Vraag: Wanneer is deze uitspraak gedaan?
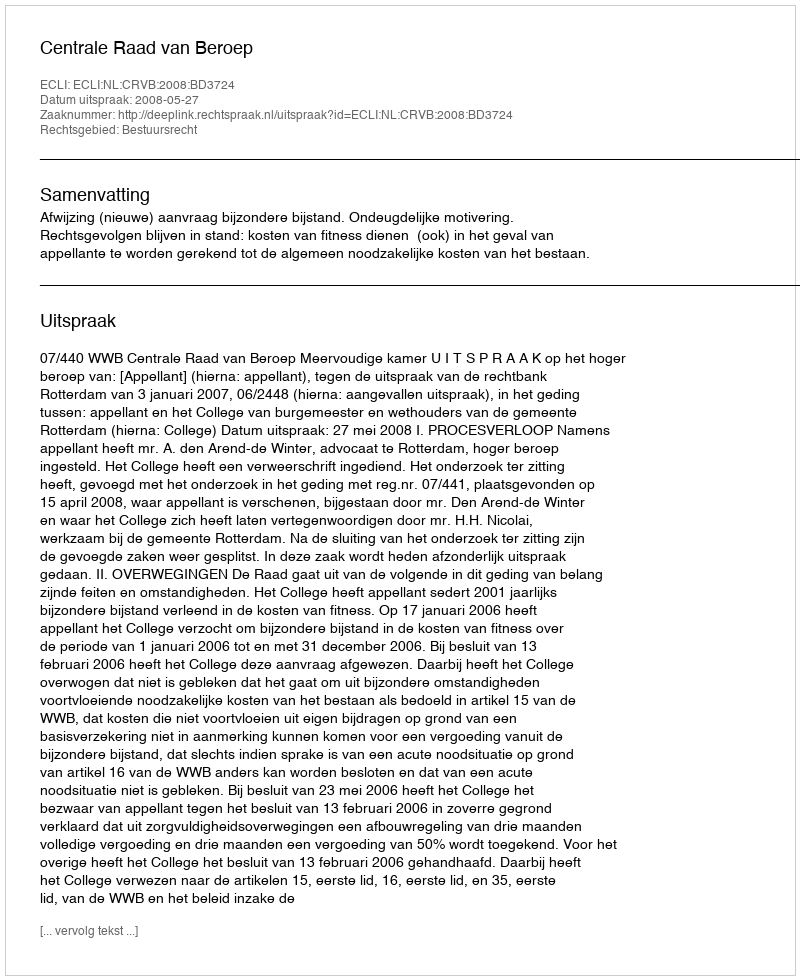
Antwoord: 2008-05-27